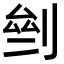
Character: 𠜸